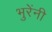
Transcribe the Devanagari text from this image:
भुरेंनी